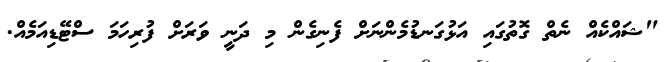
"ޝައްކެއް ނެތް ގޮތުގައި އަޅުގަނޑުމެންނަށް ފެނިގެން މި ދަނީ ވަރަށް ފުރިހަމަ ސްޓޭޑިއަމެއް.